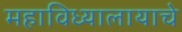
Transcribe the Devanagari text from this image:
महाविध्यालायाचे